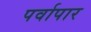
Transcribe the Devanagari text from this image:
पर्वापार